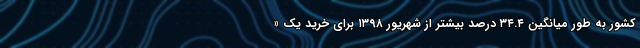
کشور به طور میانگین ٣٤.٤ درصد بیشتر از شهریور ١٣٩٨ برای خرید یک «